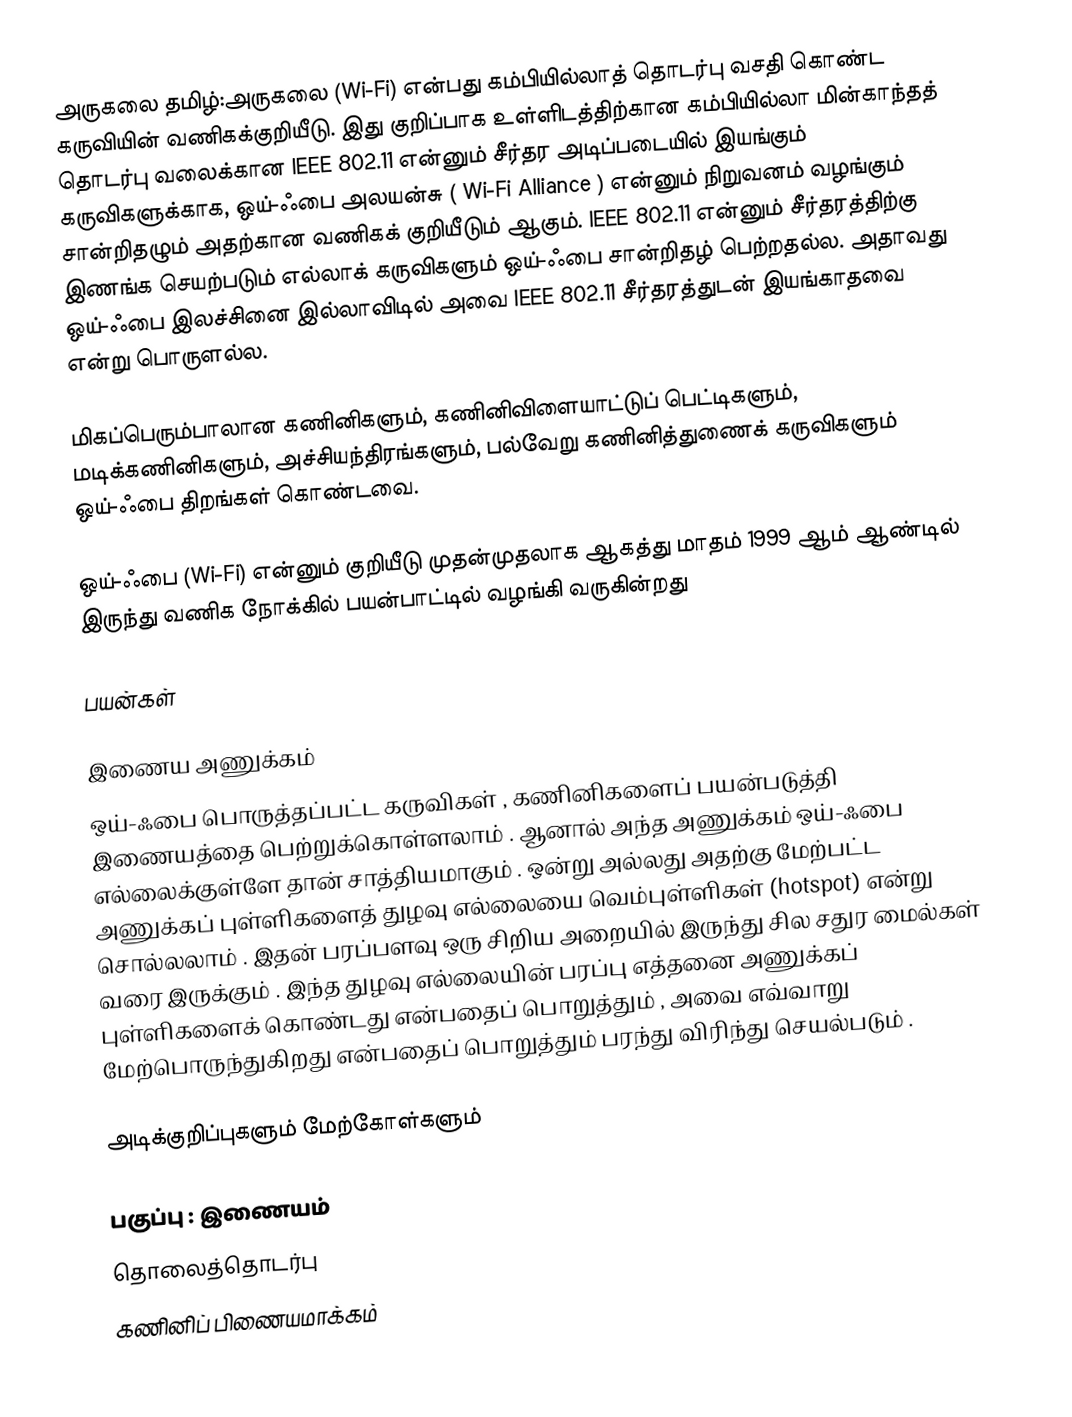
அருகலை  தமிழ்:அருகலை (Wi-Fi) என்பது கம்பியில்லாத் தொடர்பு வசதி கொண்ட கருவியின் வணிகக்குறியீடு. இது குறிப்பாக உள்ளிடத்திற்கான கம்பியில்லா மின்காந்தத் தொடர்பு வலைக்கான IEEE 802.11 என்னும் சீர்தர அடிப்படையில் இயங்கும் கருவிகளுக்காக,  ஒய்-ஃபை அலயன்சு  ( Wi-Fi Alliance ) என்னும் நிறுவனம் வழங்கும் சான்றிதழும் அதற்கான வணிகக் குறியீடும் ஆகும். IEEE 802.11 என்னும் சீர்தரத்திற்கு இணங்க செயற்படும் எல்லாக் கருவிகளும் ஒய்-ஃபை சான்றிதழ் பெற்றதல்ல. அதாவது ஒய்-ஃபை இலச்சினை இல்லாவிடில் அவை IEEE 802.11 சீர்தரத்துடன் இயங்காதவை என்று பொருளல்ல.

மிகப்பெரும்பாலான கணினிகளும், கணினிவிளையாட்டுப் பெட்டிகளும், மடிக்கணினிகளும், அச்சியந்திரங்களும், பல்வேறு கணினித்துணைக் கருவிகளும் ஒய்-ஃபை திறங்கள் கொண்டவை.

ஒய்-ஃபை (Wi-Fi) என்னும் குறியீடு முதன்முதலாக ஆகத்து மாதம் 1999 ஆம் ஆண்டில் இருந்து வணிக நோக்கில் பயன்பாட்டில் வழங்கி வருகின்றது

பயன்கள்

இணைய அணுக்கம்
ஒய்-ஃபை பொருத்தப்பட்ட கருவிகள் , கணினிகளைப் பயன்படுத்தி இணையத்தை பெற்றுக்கொள்ளலாம் . ஆனால் அந்த அணுக்கம் ஒய்-ஃபை எல்லைக்குள்ளே தான் சாத்தியமாகும் . ஒன்று அல்லது அதற்கு மேற்பட்ட அணுக்கப் புள்ளிகளைத் துழவு எல்லையை வெம்புள்ளிகள் (hotspot) என்று சொல்லலாம் . இதன் பரப்பளவு ஒரு சிறிய அறையில் இருந்து சில சதுர மைல்கள் வரை இருக்கும் . இந்த துழவு எல்லையின் பரப்பு எத்தனை அணுக்கப் புள்ளிகளைக் கொண்டது என்பதைப் பொறுத்தும் , அவை எவ்வாறு மேற்பொருந்துகிறது என்பதைப் பொறுத்தும் பரந்து விரிந்து செயல்படும் .

அடிக்குறிப்புகளும் மேற்கோள்களும்

பகுப்பு : இணையம்
தொலைத்தொடர்பு
கணினிப் பிணையமாக்கம்